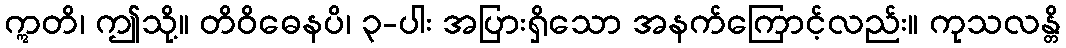
ဣတိ၊ ဤသို့။ တိဝိဓေနပိ၊ ၃-ပါး အပြားရှိသော အနက်ကြောင့်လည်း။ ကုသလန္တိ